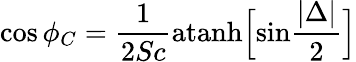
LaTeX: \mathrm{cos}\, \phi_{C}={\frac{1}{2Sc}}\mathrm{atanh}\Big[\mathrm{sin}{\frac{|\Delta|}{2}}\Big]